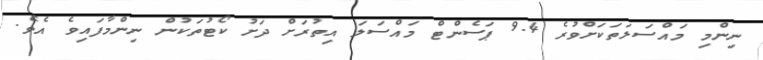
ނިންމި މައްސަލަތަކަށްވުރެ 9.4 ޕަސެންޓް މައްސަލަ އިތުރަށް ދަށު ކޯޓުތަކުން ނިންމާފައިވެ އެވެ.